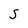
Character: S